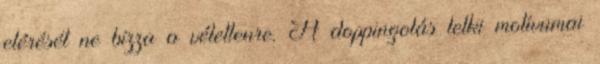
elérését ne bízza a véletlenre. A doppingolás lelki motívumai